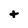
Character: t